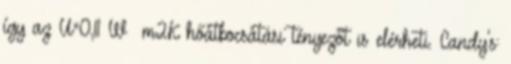
így az U=0,11 W m2K hőátbocsátási tényezőt is elérheti. Candy's: